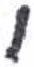
אות: י